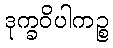
ဒုက္ခဝိပါကဉ္စ